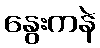
နွေးကနဲ